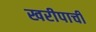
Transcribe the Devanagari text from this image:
खरीपाची